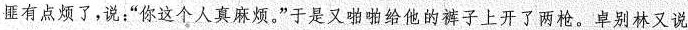
匪有点烦了，说：“你这个人真麻烦。”于是又啪啪给他的裤子上开了两枪。卓别林又说